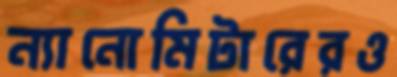
ন্যানোমিটারেরও